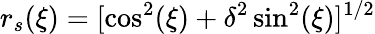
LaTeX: r_{s}(\xi)=[\cos^{2}(\xi)+\delta^{2}\sin^{2}(\xi)]^{1/2}